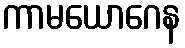
ကာမယောဂေန